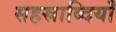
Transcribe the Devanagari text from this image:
सहस्राब्दियाँ